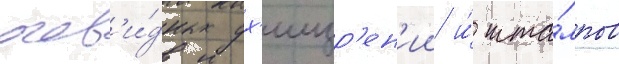
очев'и́дных ух'ищр'ен'ии и́ шта́мпов